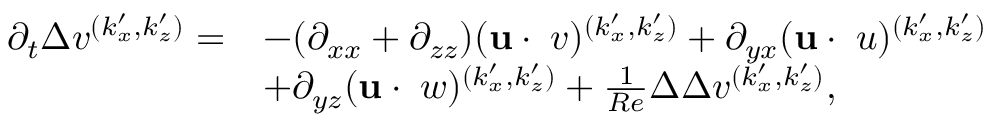
\begin{array} { r l } { \partial _ { t } \Delta v ^ { ( k _ { x } ^ { \prime } , k _ { z } ^ { \prime } ) } = } & { - ( \partial _ { x x } + \partial _ { z z } ) ( \mathbf { u } \cdot \mathbf { \nabla } v ) ^ { ( k _ { x } ^ { \prime } , k _ { z } ^ { \prime } ) } + \partial _ { y x } ( \mathbf { u } \cdot \mathbf { \nabla } u ) ^ { ( k _ { x } ^ { \prime } , k _ { z } ^ { \prime } ) } } \\ & { + \partial _ { y z } ( \mathbf { u } \cdot \mathbf { \nabla } w ) ^ { ( k _ { x } ^ { \prime } , k _ { z } ^ { \prime } ) } + \frac { 1 } { R e } \Delta \Delta v ^ { ( k _ { x } ^ { \prime } , k _ { z } ^ { \prime } ) } , } \end{array}